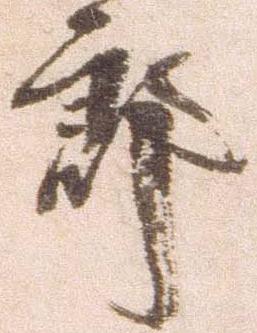
郎